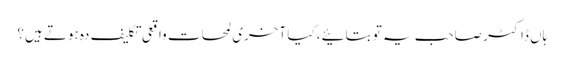
ہاں ڈاکٹر صاحب یہ تو بتائیے، کیا آخری لمحات واقعی تکلیف دہ ہوتے ہیں؟